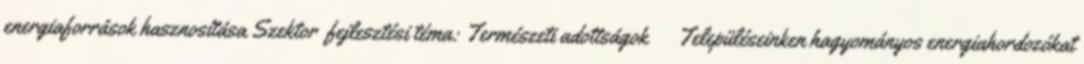
energiaforrások hasznosítása Szektor fejlesztési téma: Természeti adottságok ▪Településeinken hagyományos energiahordozókat